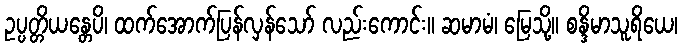
ဥပ္ပတ္တိယန္တေပိ၊ ထက်အောက်ပြန်လှန်သော် လည်းကောင်း။ ဆမာမံ၊ မြေသို့။ စန္ဒိမာသူရိယေ၊